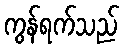
ကွန်ရက်သည်